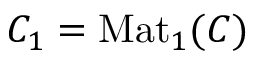
C _ { 1 } = \mathrm { M a t } _ { 1 } ( C )